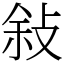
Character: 敍